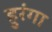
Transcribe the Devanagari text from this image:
हुरंगा